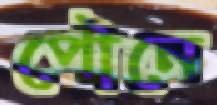
পৌনে